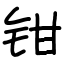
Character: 钳